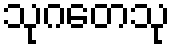
သုဂတေသု